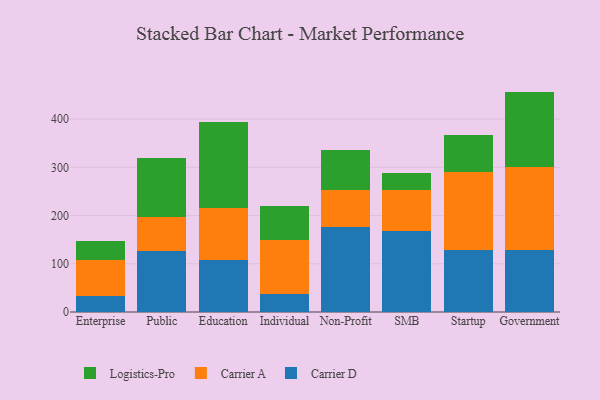
{"axis": {"x": "Segment", "y": "Backlog"}, "legend": ["Carrier A", "Carrier D", "Logistics-Pro"], "data": [{"x": "Enterprise", "y": 33.0, "type": "Carrier D"}, {"x": "Enterprise", "y": 75.0, "type": "Carrier A"}, {"x": "Enterprise", "y": 39.1, "type": "Logistics-Pro"}, {"x": "Public", "y": 126.0, "type": "Carrier D"}, {"x": "Public", "y": 70.6, "type": "Carrier A"}, {"x": "Public", "y": 122.5, "type": "Logistics-Pro"}, {"x": "Education", "y": 108.3, "type": "Carrier D"}, {"x": "Education", "y": 107.2, "type": "Carrier A"}, {"x": "Education", "y": 179.1, "type": "Logistics-Pro"}, {"x": "Individual", "y": 38.2, "type": "Carrier D"}, {"x": "Individual", "y": 111.0, "type": "Carrier A"}, {"x": "Individual", "y": 70.1, "type": "Logistics-Pro"}, {"x": "Non-Profit", "y": 177.0, "type": "Carrier D"}, {"x": "Non-Profit", "y": 77.0, "type": "Carrier A"}, {"x": "Non-Profit", "y": 81.2, "type": "Logistics-Pro"}, {"x": "SMB", "y": 167.7, "type": "Carrier D"}, {"x": "SMB", "y": 84.7, "type": "Carrier A"}, {"x": "SMB", "y": 35.5, "type": "Logistics-Pro"}, {"x": "Startup", "y": 128.2, "type": "Carrier D"}, {"x": "Startup", "y": 161.3, "type": "Carrier A"}, {"x": "Startup", "y": 76.8, "type": "Logistics-Pro"}, {"x": "Government", "y": 128.5, "type": "Carrier D"}, {"x": "Government", "y": 173.1, "type": "Carrier A"}, {"x": "Government", "y": 155.4, "type": "Logistics-Pro"}]}